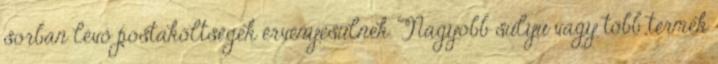
sorban lévő postaköltségek érvényesülnek. Nagyobb súlyú vagy több termék